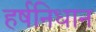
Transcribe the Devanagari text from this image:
हर्षनिधान